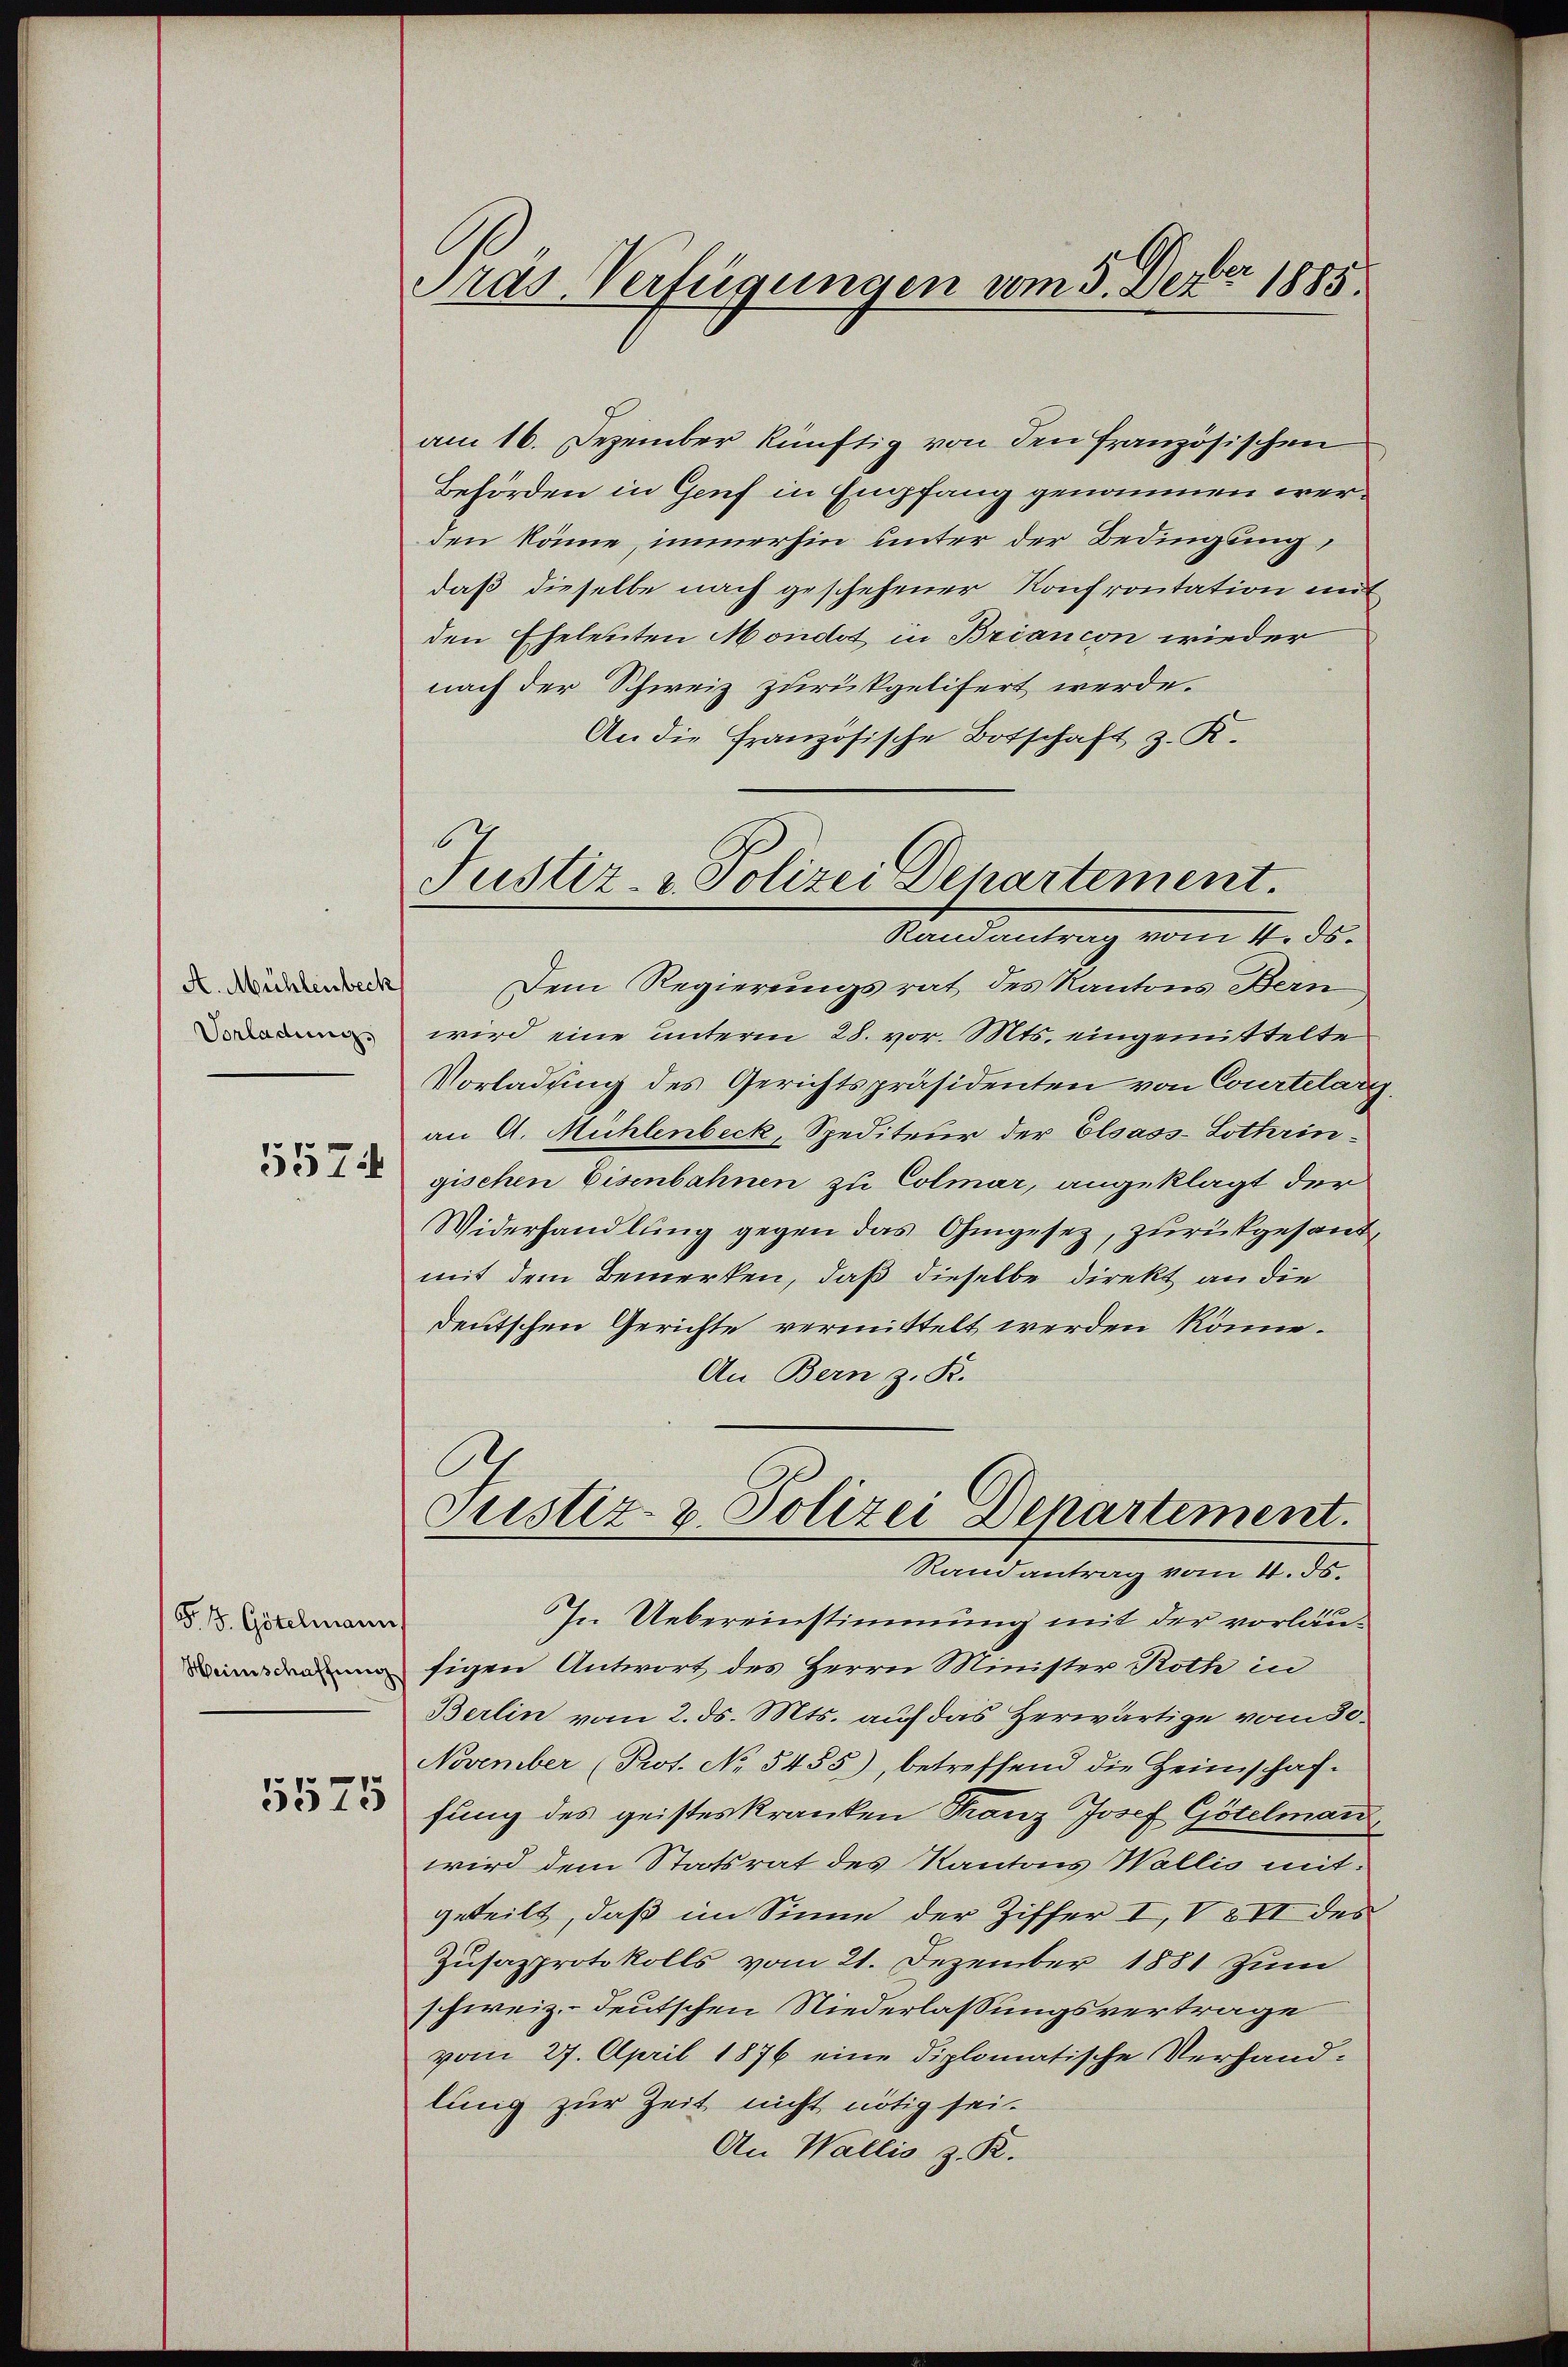
A. Mühlenbeck
Vorladung

5574

F. J. Götelmann
Heimschaffung

5575

Pras-Verfügungen vom 3. Dezbr 1885.

6
Justiz- & Polizei Departement.

am 16. Dezember künftig von den französischen
Behörden in Genf in Empfang genommen werden könne, immerhin unter der Bedingung
daß dieselbe nach geschehener Konfrontation neit-
den Eheleuten Mondot in Briancon wieder
nach der Schweiz zurükgelifert werde.
An die Französische Botschaft z. R.
Randantrag vom 4. ds.
Dem Regierungsrat des Kantons Bern
wird eine unterm 28. vor. Mts. eingemittelte
Vorladung des Gerichtspräsidenten von Courtelarg.
an A. Mühlenbeck, Spediteur der Elsass-Lothringischen Eisenbahnen zu Colmar, angeklagt der
Widerhandlung gegen das Ohmgesez, zurückgesand
mit dem Bemerken, daß dieselbe direkt an die
deutschen Gerichte vermittelt werden könne.
An Bern z. R.
Justiz- & Polizei Departement.
Randantrag vom 4. ds.
In Uebereinstimmung mit der vorläusigen Antwort des Herrn Minister Rotte in
Berlin vom 2. ds. Mts. auf das Herwärtige vom 30.
November (Prot. No 5455), betreffend die Heimschaf-
fung des geisteskranken Franz Josef Götelmann
wird dem Statsrat des Kantons Wallis mit
geteilt, daß im Sinne der Ziffer I, VIII des
Zusazprotokolls vom 21. Dezember 1881 zum
schweiz.- deutschen Niederlassungsvertrage
vom 27. April 1876 eine diplomatische Verhandlinig zur Zeit nicht nötig sei.
An Wallis z. R.